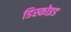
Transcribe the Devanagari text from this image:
डिस्कोइड